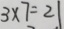
3 \times 7 = 2 1